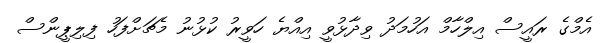
އެމްގެ ރައީސް އިލްހާމް އަހުމަދު ވިދާޅުވީ އިއްޔެ ހަވީރު ކުޅުނު މެޗަށްފަހު ފިލިޕީންސް